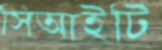
সিআইটি